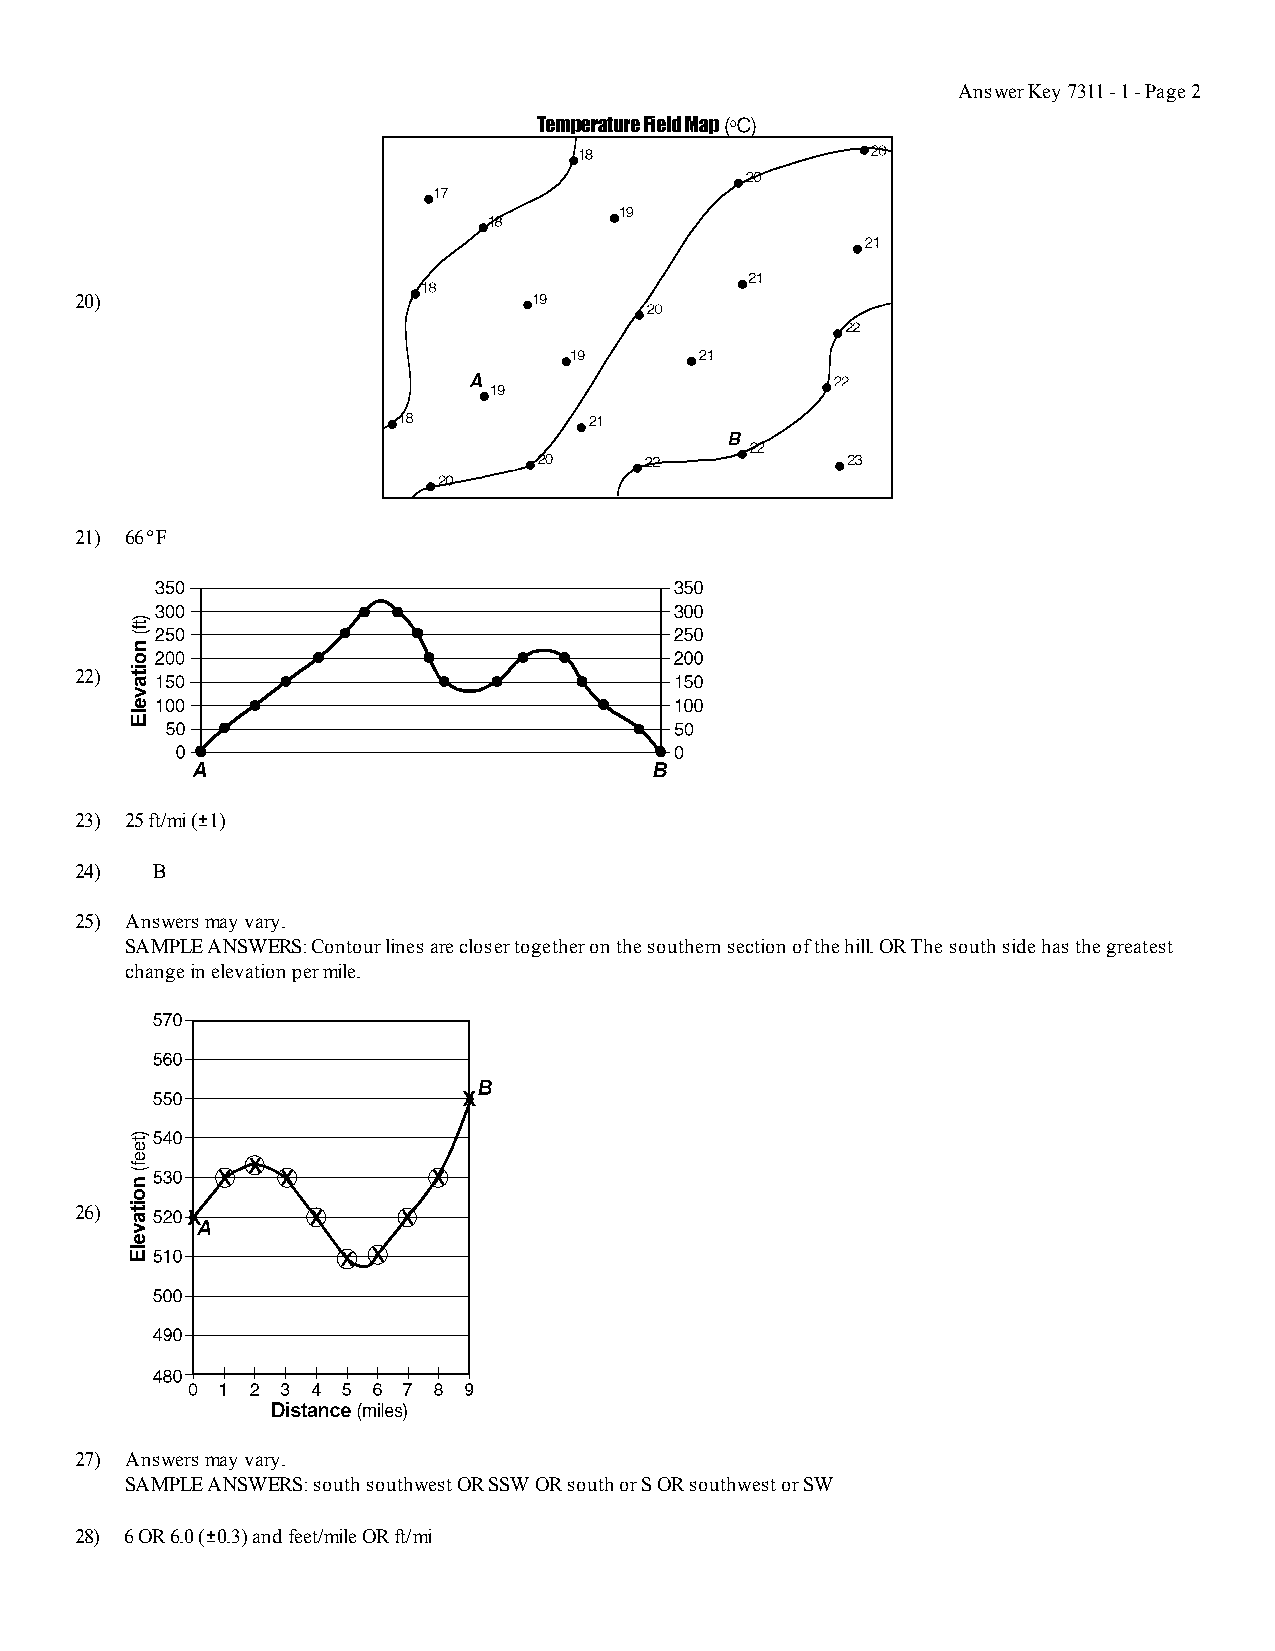
Answer Key 7311 - 1 - Page 2
 20)
 21) 66DF
 22)
 23) 25 ft/mi (+1)
 24)  B
 25) Answers may vary.
 SAMPLE ANSWERS: Contour lines are closer together on the southern section of the hill. OR The south side has the greatest
 change in elevation per mile.
 26)
 27) Answers may vary.
 SAMPLE ANSWERS: south southwest OR SSW OR south or S OR southwest or SW
 28) 6 OR 6.0 (+0.3) and feet/mile OR ft/mi